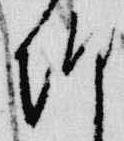
朝